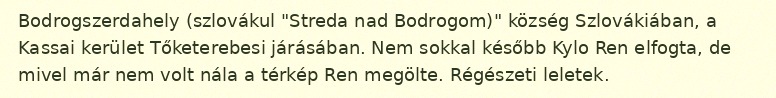
Bodrogszerdahely (szlovákul "Streda nad Bodrogom)" község Szlovákiában, a Kassai kerület Tőketerebesi járásában. Nem sokkal később Kylo Ren elfogta, de mivel már nem volt nála a térkép Ren megölte. Régészeti leletek.